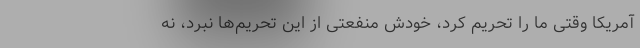
آمریکا وقتی ما را تحریم کرد، خودش منفعتی از این تحریم‌ها نبرد، نه